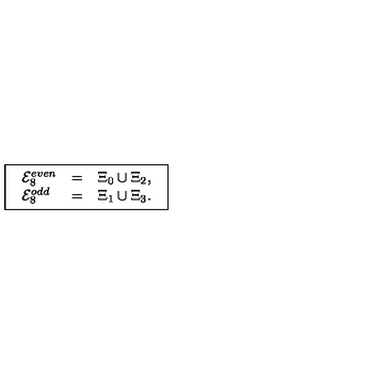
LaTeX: \fbox { \begin{array} { l l l } { { \cal E } _ { 8 } ^ { e v e n } } & { = } & { \Xi _ { 0 } \cup \Xi _ { 2 } , } \\ { { \cal E } _ { 8 } ^ { o d d } } & { = } & { \Xi _ { 1 } \cup \Xi _ { 3 } . } \\ \end{array} }